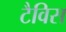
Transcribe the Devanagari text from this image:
टैविस